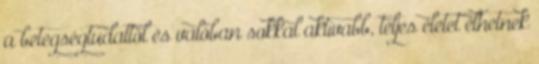
a betegségtudattól és valóban sokkal aktívabb, teljes életet élhetnek